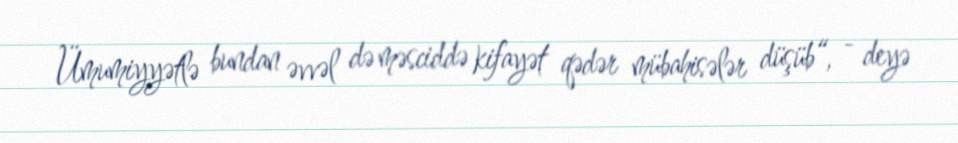
Ümumiyyətlə bundan əvvəl də məsciddə kifayət qədər mübahisələr düşüb“, - deyə